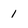
Character: 1